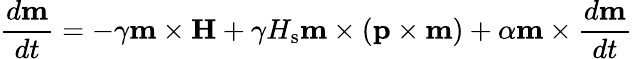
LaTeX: \frac{d\mathbf{m}}{dt}=-\gamma\mathbf{m}\times\mathbf{H}+\gamma H_{\mathrm{s}}\mathbf{m}\times\left(\mathbf{p}\times\mathbf{m}\right)+\alpha\mathbf{m}\times\frac{d\mathbf{m}}{dt}